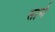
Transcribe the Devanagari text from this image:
सार्न